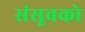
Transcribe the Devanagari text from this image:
संसूचको